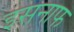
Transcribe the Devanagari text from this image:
इसनाफ